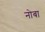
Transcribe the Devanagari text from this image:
नोबा